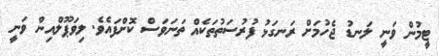
ޓީމުން ވަނީ ލަނޑު ޖެހުމަށް ރަނގަޅު ފުރުސަތުތަކެއް ތަނަވަސް ކޮށްފައެވެ. ލިވަޕޫލްއިން ވަނީ